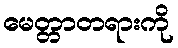
မေတ္တာတရားကို